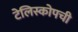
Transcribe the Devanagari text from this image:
टेलिस्कोपची